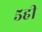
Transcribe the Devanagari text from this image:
५ही